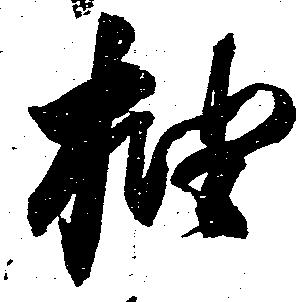
抽